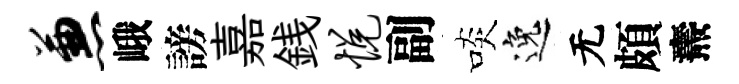
兼峨謗嘉銭悦副啖逸无頗燾